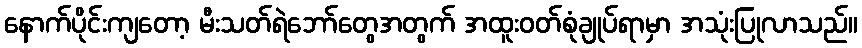
နောက်ပိုင်းကျတော့ မီးသတ်ရဲဘော်တွေအတွက် အထူးဝတ်စုံချုပ်ရာမှာ အသုံးပြုလာသည်။